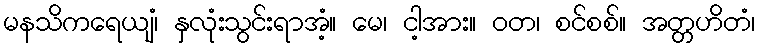
မနသိကရေယျံ၊ နှလုံးသွင်းရာအံ့။ မေ၊ ငါ့အား။ ဝတ၊ စင်စစ်။ အတ္တဟိတံ၊